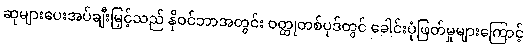
ဆုများပေးအပ်ချီးမြှင့်သည် နိုဝင်ဘာအတွင်း ဝတ္ထုတစ်ပုဒ်တွင် ခေါင်းပုံဖြတ်မှုများကြောင့်